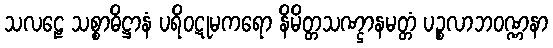
သလဠေ သစ္စာဓိဋ္ဌာနံ ပရိဝဋုမကရော နိမိတ္တသဏ္ဌာနမတ္တံ ပဉ္စလာဘဝဏ္ဏနာ